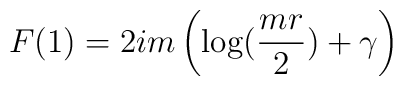
F(1) = 2 i m \left( \log ({mr \over 2}) + \gamma \right)